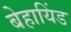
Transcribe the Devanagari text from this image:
बेहायिंड